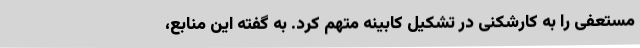
مستعفی را به کارشکنی در تشکیل کابینه متهم کرد. به گفته این منابع،